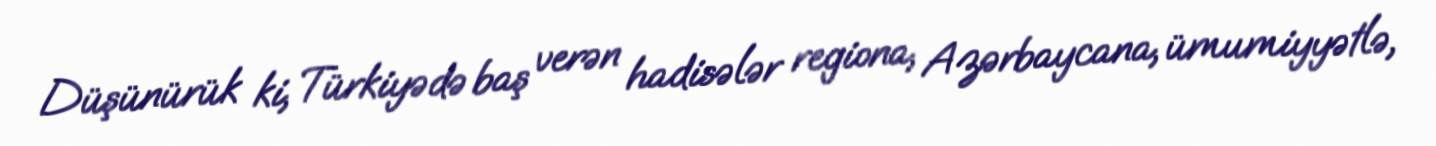
Düşünürük ki, Türkiyədə baş verən hadisələr regiona, Azərbaycana, ümumiyyətlə,